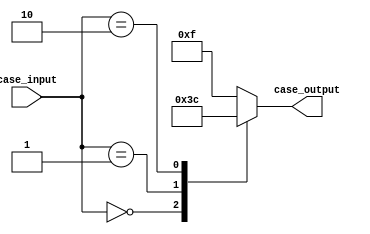
module unique_case (
    input [1:0] case_input,
    output reg [3:0] case_output
);

always @* begin
    case (case_input)
        2'b00: case_output = 4'b0000;
        2'b01: case_output = 4'b0011;
        2'b10: case_output = 4'b1100;
        default: case_output = 4'b1111;
    endcase
end

endmodule